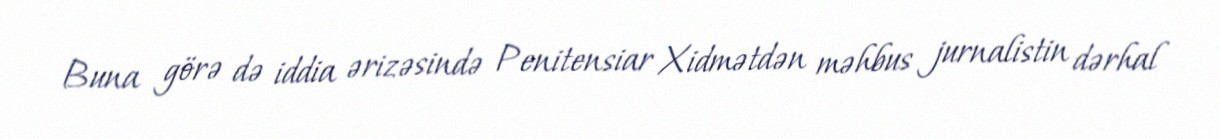
Buna görə də iddia ərizəsində Penitensiar Xidmətdən məhbus jurnalistin dərhal